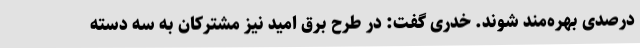
درصدی بهره‌مند شوند. خدری گفت: در طرح برق امید نیز مشترکان به سه دسته